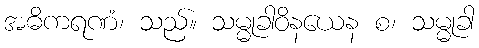
အဓိကရဏံ၊ သည်။ သမ္မုခါဝိနယေန စ၊ သမ္မုခါ